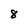
Character: 8